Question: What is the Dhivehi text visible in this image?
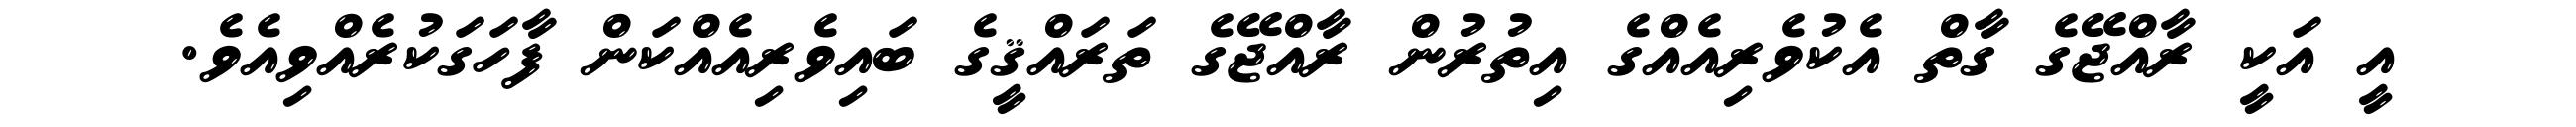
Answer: އީ އަކީ ރާއްޖޭގެ ގާތް އެކުވެރިއެއްގެ އިތުރުން ރާއްޖޭގެ ތަރައްޤީގެ ބައިވެރިއެއްކަން ފާހަގަކުރެއްވިއެވެ.